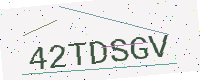
Text: 42TDSGV